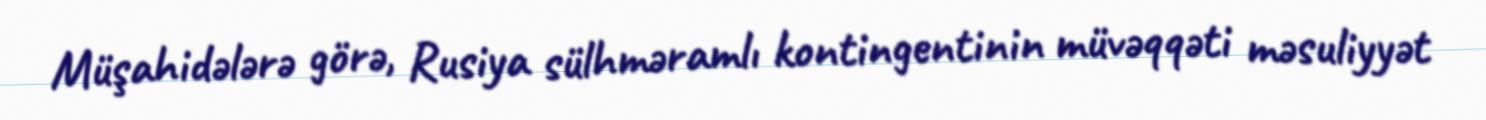
Müşahidələrə görə, Rusiya sülhməramlı kontingentinin müvəqqəti məsuliyyət